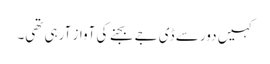
کہیں دور سے ڈی جے بجنے کی آواز آرہی تھی۔